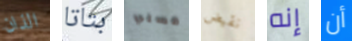
الذان بتاتا مسلي نقيض إنه أن